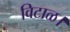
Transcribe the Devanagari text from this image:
विटाळ।